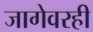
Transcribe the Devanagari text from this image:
जागेवरही